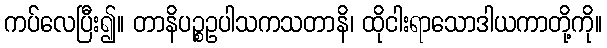
ကပ်လေပြီး၍။ တာနိပဉ္စဥပါသကသတာနိ၊ ထိုငါးရာသောဒါယကာတို့ကို။